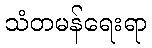
သံတမန်ရေးရာ